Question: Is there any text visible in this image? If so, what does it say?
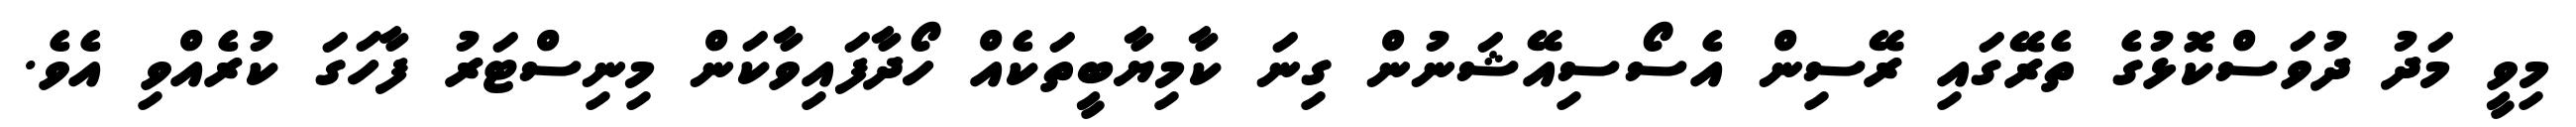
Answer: މިވީ މަދު ދުވަސްކޮޅުގެ ތެރޭގައި ރޭސިން އެސޯސިއޭޝަނުން ގިނަ ކާމިޔާބީތަކެއް ހޯދާފައިވާކަން މިނިސްޓަރު ފާހަގަ ކުރެއްވި އެވެ.